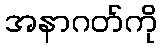
အနာဂတ်ကို